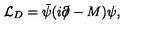
{ \cal L } _ { D } = \bar { \psi } ( i \partial \! \! \! / - M ) \psi ,